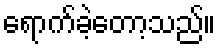
ရောက်ခဲ့တော့သည်။